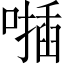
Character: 𠿂